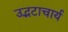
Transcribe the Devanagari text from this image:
उद्भटाचार्य